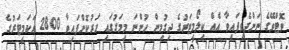
ވޮޓްވޭގެ ނަންދެވިފައިވާ އެއް ކިލޯމީޓަރުގެ ދިގުމިން ހުންނަ މިމަގުގައި ހަރުކޮށްފައިވާ 2800 އަކަމީޓަރުގެ